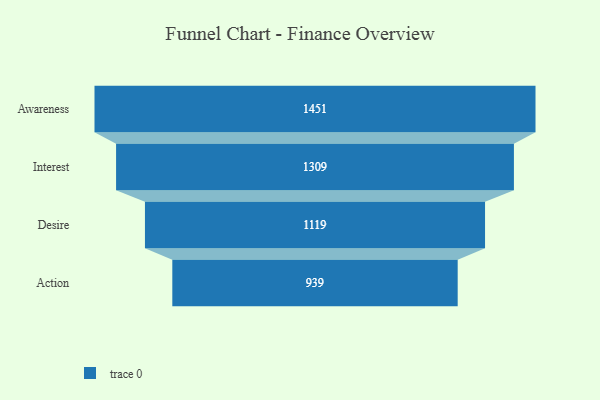
{"axis": {"x": "Stage", "y": "Value"}, "legend": [""], "data": [{"x": "Awareness", "y": 1451.0, "type": ""}, {"x": "Interest", "y": 1309.0, "type": ""}, {"x": "Desire", "y": 1119.0, "type": ""}, {"x": "Action", "y": 939.0, "type": ""}]}